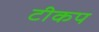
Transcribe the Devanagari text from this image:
टीकप